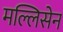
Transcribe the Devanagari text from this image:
मल्लिसेन